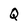
Character: Q